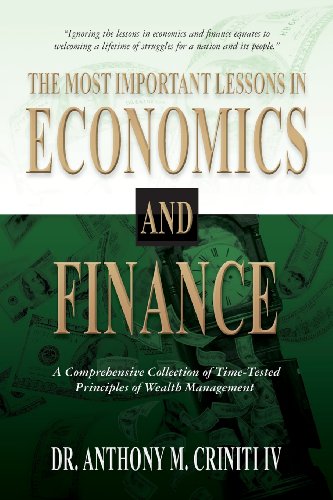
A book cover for The Most Important Lessons in Economics and Finance: A Comprehensive Collection of Time-Tested Principles of Wealth Management; Dr. Anthony M. Criniti IV; Business & Money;